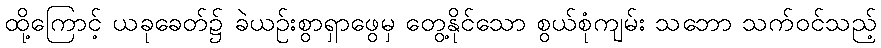
ထို့ကြောင့် ယခုခေတ်၌ ခဲယဉ်းစွာရှာဖွေမှ တွေ့နိုင်သော စွယ်စုံကျမ်း သဘော သက်ဝင်သည့်